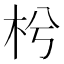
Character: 枍